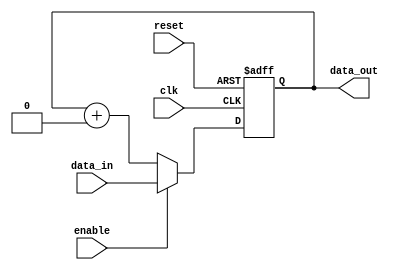
`timescale 1ns / 1ps
//////////////////////////////////////////////////////////////////////////////////
// Company: 
// Engineer: 
// 
// Design Name: 
// Module Name:    REGISTRO 
// Project Name: 
// Target Devices: 
// Tool versions: 
// Description: 
//
// Dependencies: 
//
// Revision: 
// Revision 0.01 - File Created
// Additional Comments: 
//
//////////////////////////////////////////////////////////////////////////////////
module REGISTRO(
	input wire clk,
	input wire reset,
	input wire enable,
	input wire [7:0] data_in,
	output reg [7:0] data_out
   );
	
	always @(posedge clk, posedge reset) begin
      if (reset) begin
         data_out <= 8'b00000000;
      end else if (enable) begin
         data_out <= data_in;
      end else begin
			data_out <= data_out + 8'b00000000;
		end
	end
endmodule